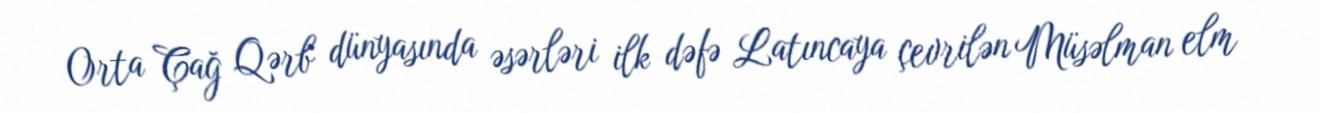
Orta Çağ Qərb dünyasında əsərləri ilk dəfə Latıncaya çevrilən Müsəlman elm